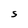
Character: S